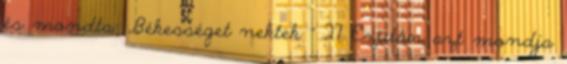
és mondta: „Békességet nektek ” 27 Ezután azt mondja